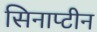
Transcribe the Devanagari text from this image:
सिनाप्टीन